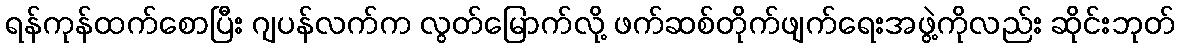
ရန်ကုန်ထက်စောပြီး ဂျပန်လက်က လွတ်မြောက်လို့ ဖက်ဆစ်တိုက်ဖျက်ရေးအဖွဲ့ကိုလည်း ဆိုင်းဘုတ်